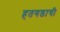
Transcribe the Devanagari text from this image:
हतगडाची